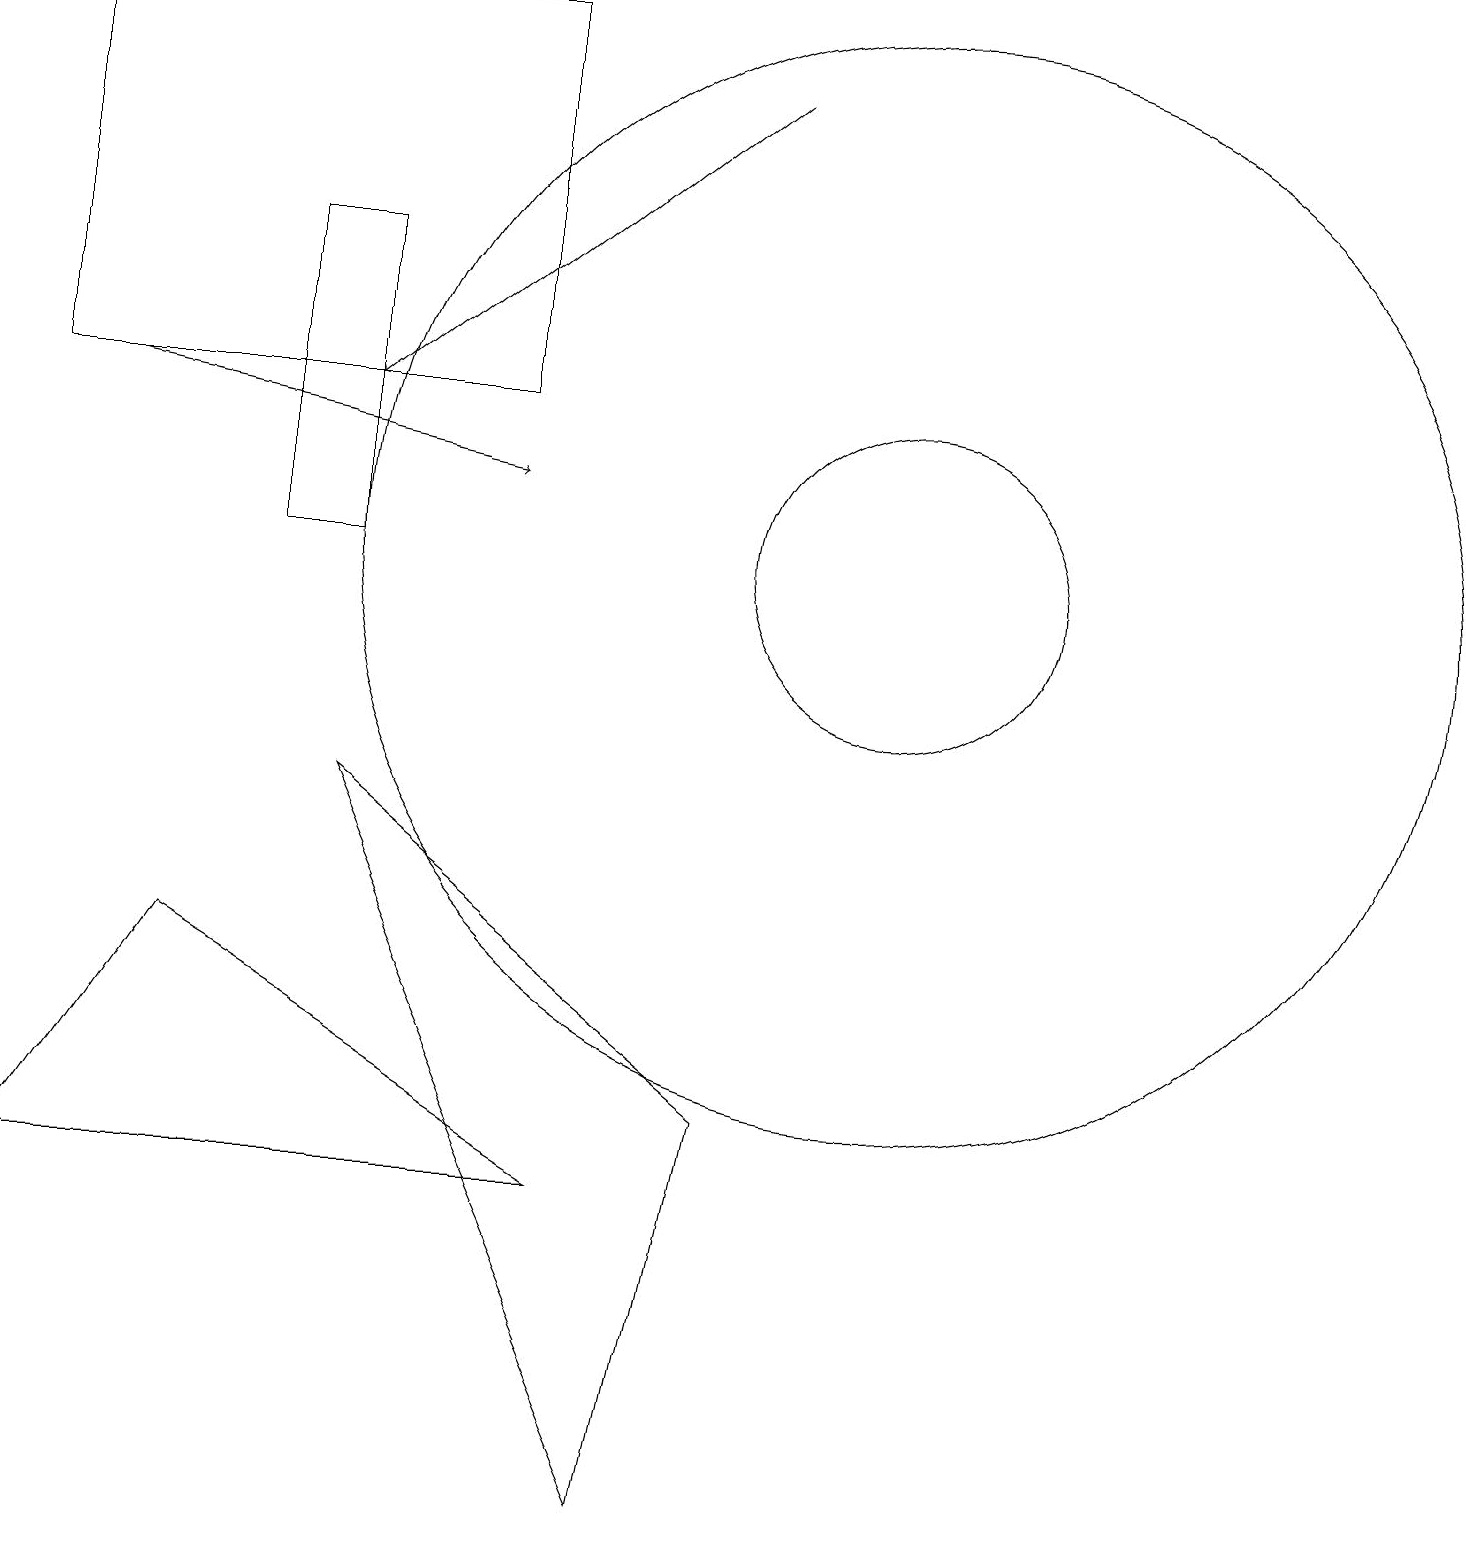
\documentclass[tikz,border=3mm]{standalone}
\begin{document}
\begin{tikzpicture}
\draw (11,12) circle (2);
\draw[->] (9,18) -- (4,14);
\draw[->] (1,14) -- (6,13);
\draw (7,4) -- (2,7) -- (0,4) -- cycle;
\draw (0,14) rectangle (6,19);
\draw (11,12) circle (7);
\draw (4,9) -- (8,0) -- (9,5) -- cycle;
\draw (4,12) rectangle (3,16);
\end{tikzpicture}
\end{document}